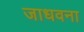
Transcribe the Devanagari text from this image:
जाधवना